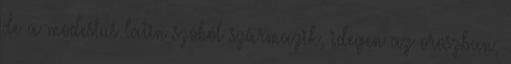
de a modestus latin szóból származik, idegen az oroszban,